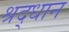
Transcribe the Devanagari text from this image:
श्रद्धान